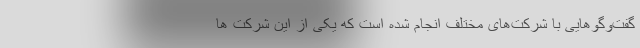
گفت‌وگوهایی با شرکت‌های مختلف انجام شده است که یکی از این شرکت ها